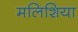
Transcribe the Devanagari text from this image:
मलिशिया